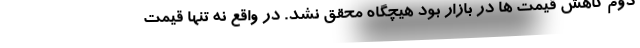
دوم کاهش قیمت ها در بازار بود هیچگاه محقق نشد. در واقع نه تنها قیمت